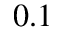
0 . 1